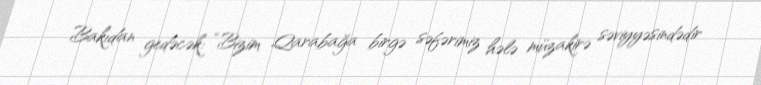
Bakıdan gedəcək: “Bizim Qarabağa birgə səfərimiz hələ müzakirə səviyyəsindədir